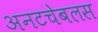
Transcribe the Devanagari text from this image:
अनटचेबलस